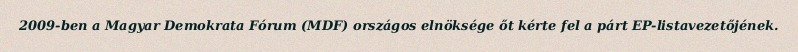
2009-ben a Magyar Demokrata Fórum (MDF) országos elnöksége őt kérte fel a párt EP-listavezetőjének.